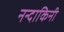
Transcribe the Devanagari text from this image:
नन्दाकिनी